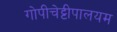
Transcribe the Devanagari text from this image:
गोपीचेट्टीपालयम